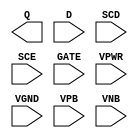
module sky130_fd_sc_hvl__sdlxtp (
    Q   ,
    D   ,
    SCD ,
    SCE ,
    GATE,
    VPWR,
    VGND,
    VPB ,
    VNB
);

    output Q   ;
    input  D   ;
    input  SCD ;
    input  SCE ;
    input  GATE;
    input  VPWR;
    input  VGND;
    input  VPB ;
    input  VNB ;
endmodule